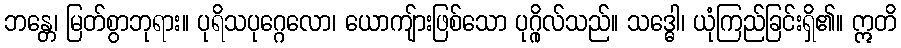
ဘန္တေ၊ မြတ်စွာဘုရား။ ပုရိသပုဂ္ဂေလော၊ ယောကျ်ားဖြစ်သော ပုဂ္ဂိုလ်သည်။ သဒ္ဓေါ၊ ယုံကြည်ခြင်းရှိ၏။ ဣတိ